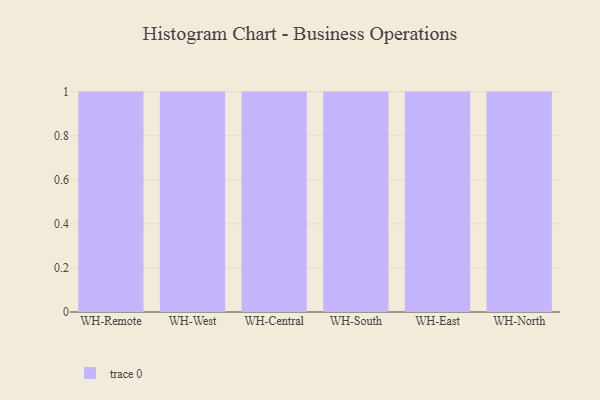
{"axis": {"x": "Warehouse", "y": "Active Users"}, "legend": [""], "data": [{"x": "WH-Remote", "y": 11, "type": ""}, {"x": "WH-West", "y": 19, "type": ""}, {"x": "WH-Central", "y": 68, "type": ""}, {"x": "WH-South", "y": 92, "type": ""}, {"x": "WH-East", "y": 37, "type": ""}, {"x": "WH-North", "y": 29, "type": ""}]}